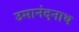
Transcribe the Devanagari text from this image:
उमानंदनाथ